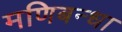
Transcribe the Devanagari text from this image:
मणिबन्धा